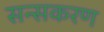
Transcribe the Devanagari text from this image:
सन्सकरण